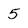
Character: 5